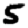
Digit: 5